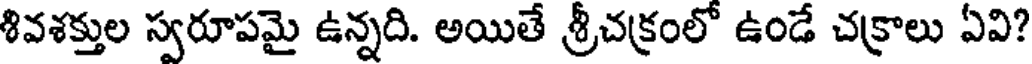
శివశక్తుల స్వరూపమై ఉన్నది. అయితే శ్రీచక్రంలో ఉండే చక్రాలు ఏవి?